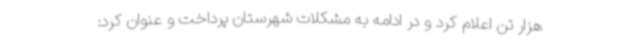
هزار تن اعلام کرد و در ادامه به مشکلات شهرستان پرداخت و عنوان کرد: